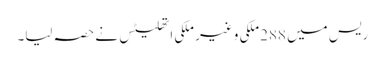
ریس میں 288ملکی و غیر ملکی اتھلیٹس نے حصہ لیا۔